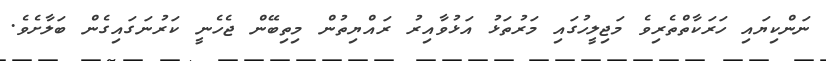
ނަންކިޔައި ހަރަކާތްތެރިވެ މަޖިލީހުގައި މަރުތަޅު އަޅުވާއިރު ރައްޔިތުން މިތިބޭން ޖެހެނީ ކަރުނަގައިގެން ބަލާށެވެ.